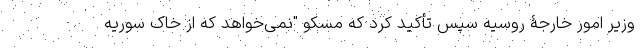
وزیر امور خارجۀ روسیه سپس تأکید کرد که مسکو "نمی‌خواهد که از خاک سوریه